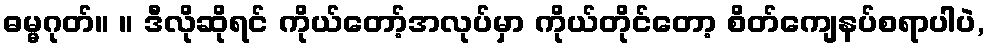
ဓမ္မဂုတ်။ ။ ဒီလိုဆိုရင် ကိုယ်တော့်အလုပ်မှာ ကိုယ်တိုင်တော့ စိတ်ကျေနပ်စရာပါပဲ,